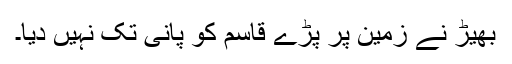
بھیڑ نے زمین پر پڑے قاسم کو پانی تک نہیں دیا۔